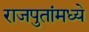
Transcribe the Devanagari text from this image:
राजपुतांमध्ये